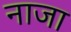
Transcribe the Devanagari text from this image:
नाजा